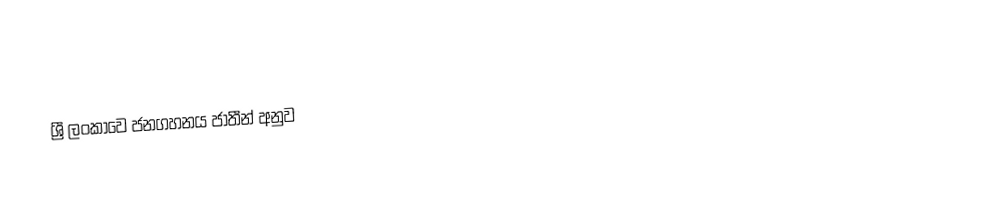
ශ්‍රී ලංකාවෙ ජනගහනය ජාතීන් අනුව